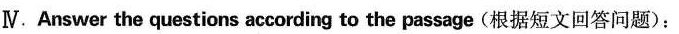
Ⅳ.Answer the questions according to the passage (根据短文回答问题):